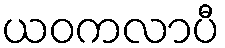
ယဝကလာပီ